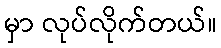
မှာ လုပ်လိုက်တယ်။